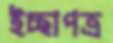
ইচ্ছাপত্র